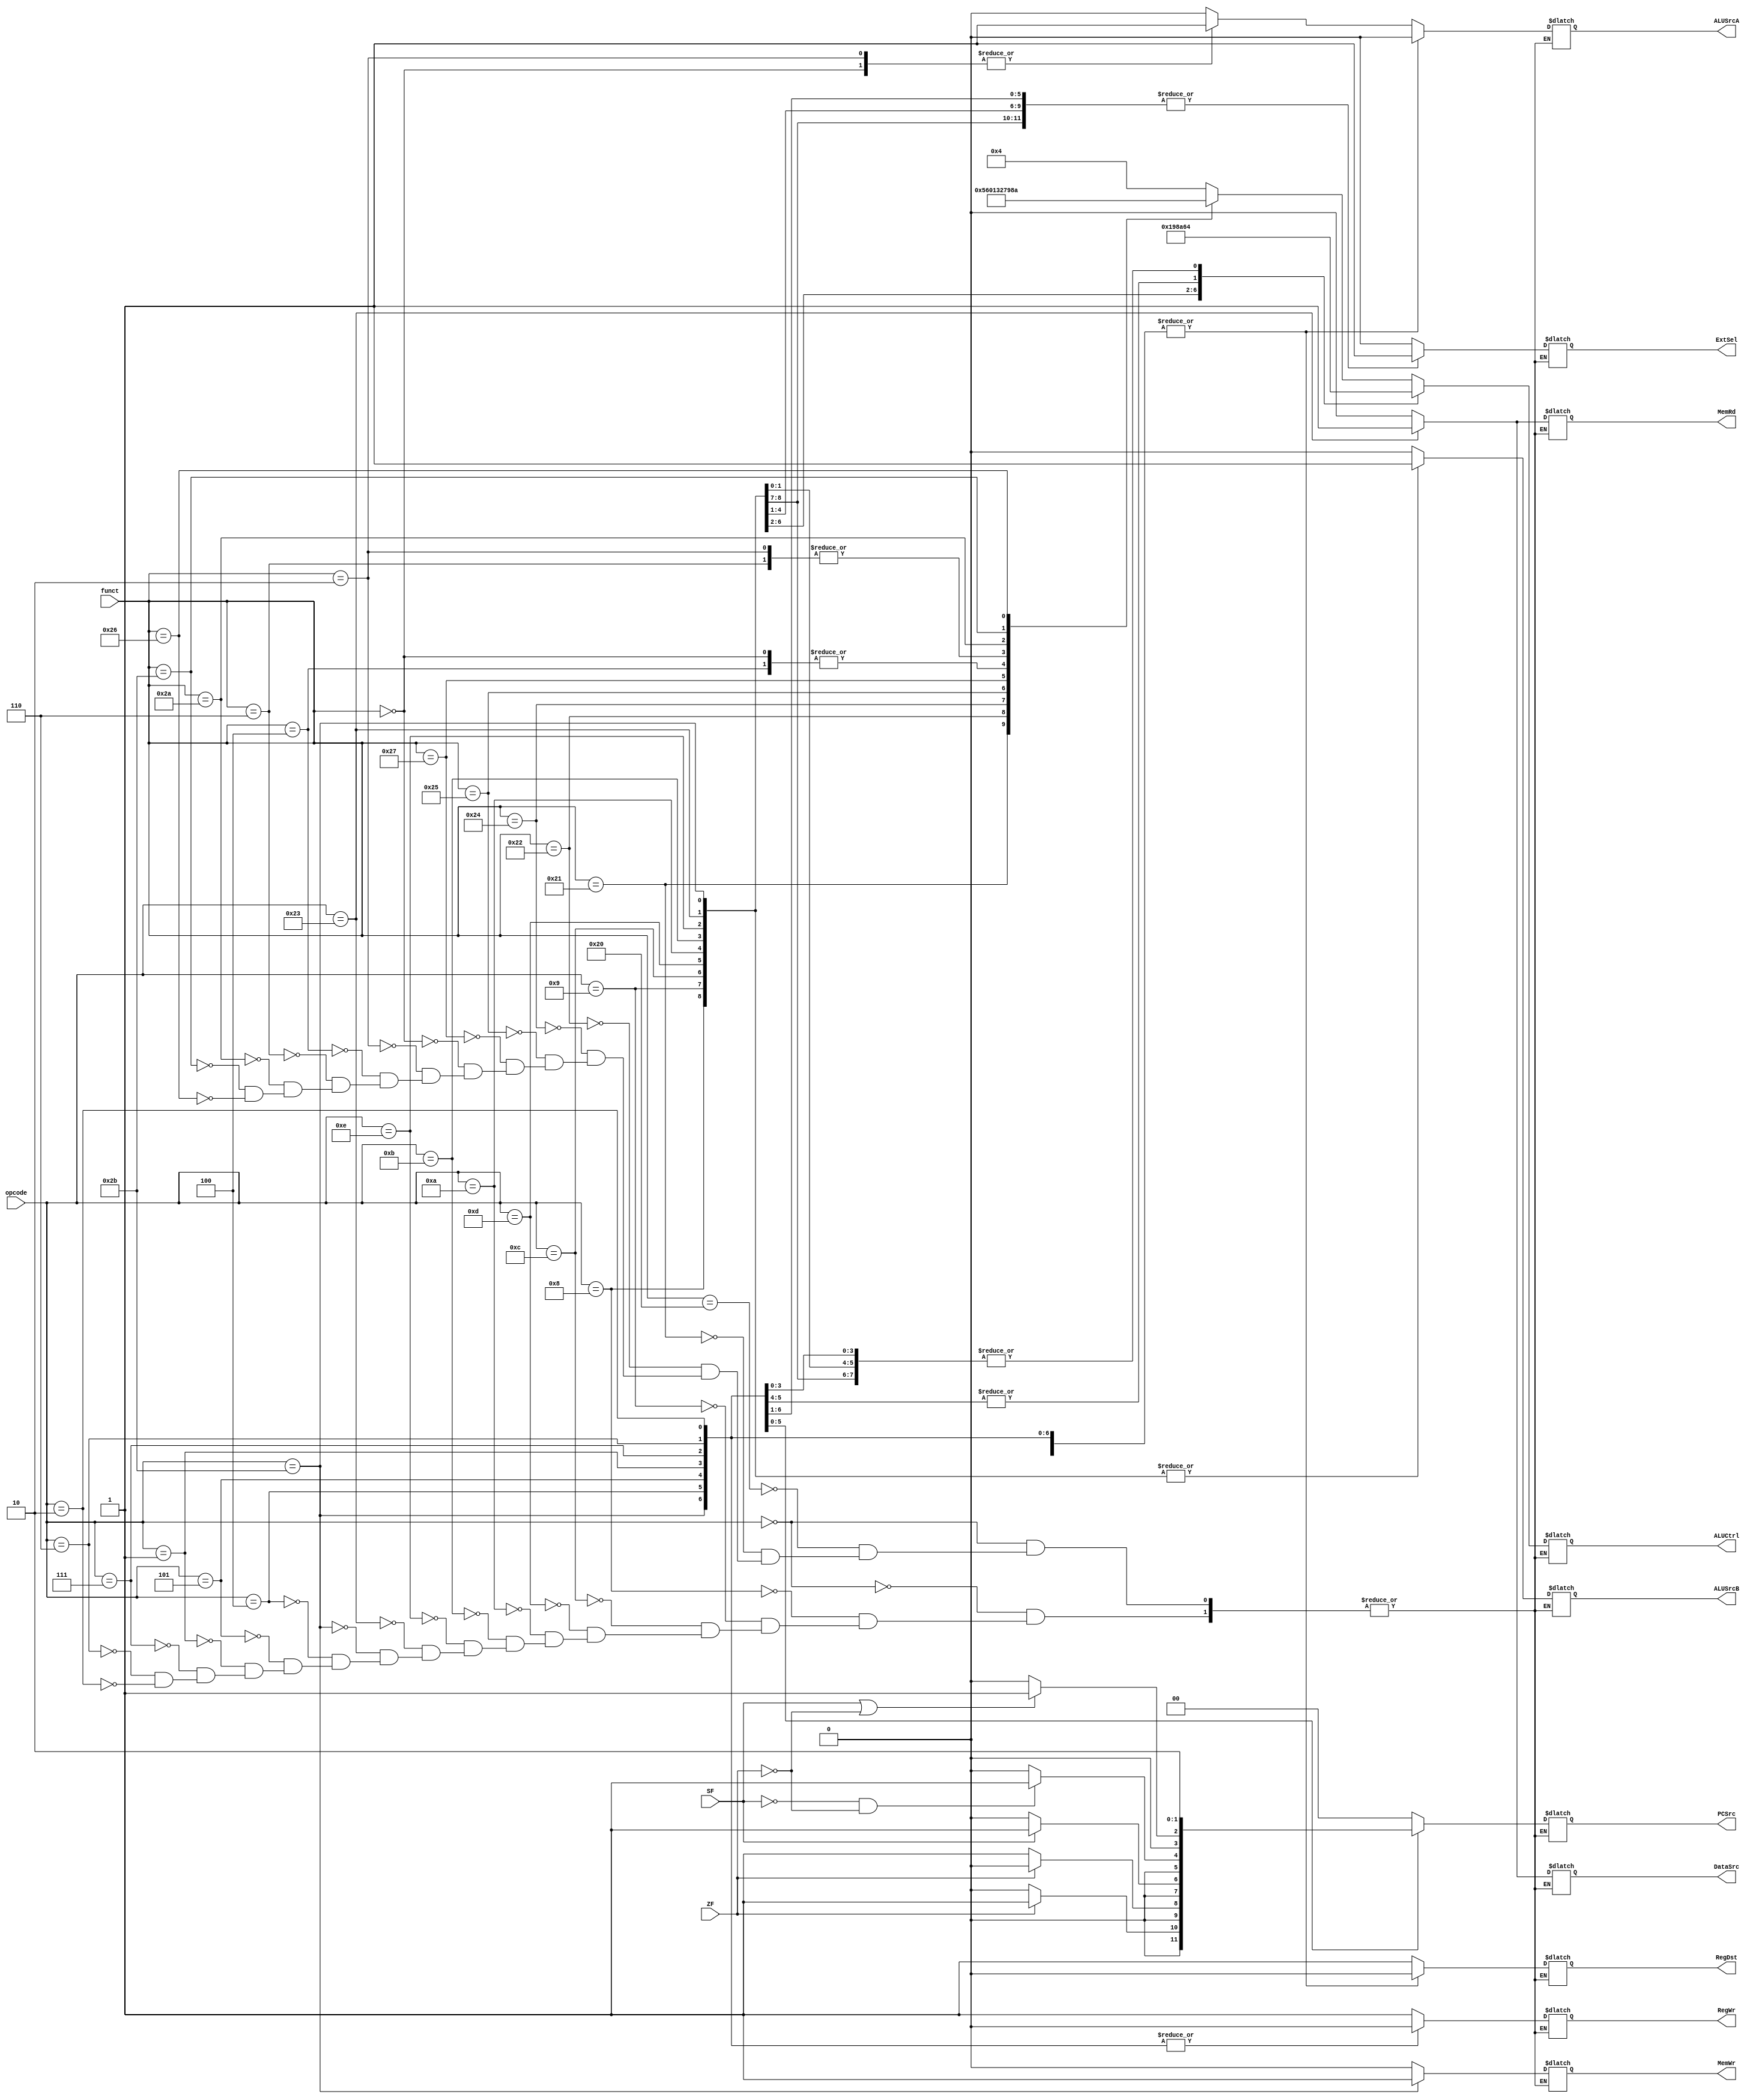
module CU(
    input [5:0] opcode,
    input [5:0] funct,
    input ZF,
    input SF,
    output reg ALUSrcA,
    output reg ALUSrcB,
    output reg DataSrc,
    output reg RegWr,
    output reg MemRd,
    output reg MemWr,
    output reg RegDst,
    output reg ExtSel,
    output reg [1:0] PCSrc,
    output reg [3:0] ALUCtrl
);
/*
ALUSrcA:ALUa0Rs(Inst[25:21])1{27'd0,immediate[10:6]}
ALUSrcB:ALUb0Rt(Inst[20:16])1(Inst[15:0])
DataSrc:,0ALU1
RegWr:01
MemRd:01
MemWr:01
RegDst:0Rt(Inst[20:16]),1Rd(Inst[15:11])
ExtSel:01
PCSrc:0001Jump10{currentInsAddr[31:28], 2'b00currentIns[25:0]}11
ALUCtrl:ALU:
    0100:add
    0110:sub
    0101:addu
    0000:and
    0001:or
    0011:nor
    0010:sll
    0111:srl
    1000:sltu
    1001:slt
    1010:xor
*/
always @(*) begin
    case(opcode)
        6'b000000:begin //R-R
            case(funct)
                6'b100000:begin //add
                    {ALUSrcA, ALUSrcB, DataSrc, RegWr, MemRd, MemWr, RegDst, ExtSel} <= 8'b00010010;
                    {PCSrc,ALUCtrl} <= 6'b000100;
                end
                6'b100001:begin //addu
                    {ALUSrcA, ALUSrcB, DataSrc, RegWr, MemRd, MemWr, RegDst, ExtSel} <= 8'b00010010;
                    {PCSrc,ALUCtrl} <= 6'b000101;
                end
                6'b100010:begin //sub
                    {ALUSrcA, ALUSrcB, DataSrc, RegWr, MemRd, MemWr, RegDst, ExtSel} <= 8'b00010010;
                    {PCSrc,ALUCtrl} <= 6'b000110;
                end
                6'b100100:begin //and
                    {ALUSrcA, ALUSrcB, DataSrc, RegWr, MemRd, MemWr, RegDst, ExtSel} <= 8'b00010010;
                    {PCSrc,ALUCtrl} <= 6'b000000;
                end
                6'b100101:begin //or
                    {ALUSrcA, ALUSrcB, DataSrc, RegWr, MemRd, MemWr, RegDst, ExtSel} <= 8'b00010010;
                    {PCSrc,ALUCtrl} <= 6'b000001;
                end
                6'b100111:begin //nor
                    {ALUSrcA, ALUSrcB, DataSrc, RegWr, MemRd, MemWr, RegDst, ExtSel} <= 8'b00010010;
                    {PCSrc,ALUCtrl} <= 6'b000011;
                end
                6'b000000:begin //sll
                    {ALUSrcA, ALUSrcB, DataSrc, RegWr, MemRd, MemWr, RegDst, ExtSel} <= 8'b10010010;
                    {PCSrc,ALUCtrl} <= 6'b000010;
                end
                6'b000010:begin //srl
                    {ALUSrcA, ALUSrcB, DataSrc, RegWr, MemRd, MemWr, RegDst, ExtSel} <= 8'b10010010;
                    {PCSrc,ALUCtrl} <= 6'b000111;
                end
                6'b000100:begin //sllv
                    {ALUSrcA, ALUSrcB, DataSrc, RegWr, MemRd, MemWr, RegDst, ExtSel} <= 8'b00010010;
                    {PCSrc,ALUCtrl} <= 6'b000010;
                end
                6'b000110:begin //srlv
                    {ALUSrcA, ALUSrcB, DataSrc, RegWr, MemRd, MemWr, RegDst, ExtSel} <= 8'b00010010;
                    {PCSrc,ALUCtrl} <= 6'b000111;
                end
                6'b101010:begin //slt
                    {ALUSrcA, ALUSrcB, DataSrc, RegWr, MemRd, MemWr, RegDst, ExtSel} <= 8'b00010010;
                    {PCSrc,ALUCtrl} <= 6'b001001;
                end
                6'b101011:begin //sltu
                    {ALUSrcA, ALUSrcB, DataSrc, RegWr, MemRd, MemWr, RegDst, ExtSel} <= 8'b00010010;
                    {PCSrc,ALUCtrl} <= 6'b001000;
                end
                6'b100110:begin //xor
                    {ALUSrcA, ALUSrcB, DataSrc, RegWr, MemRd, MemWr, RegDst, ExtSel} <= 8'b00010010;
                    {PCSrc,ALUCtrl} <= 6'b001010;
                end
                default:$display("CU:Unknown Funct.");
            endcase
        end
        6'b001000:begin //addi
            {ALUSrcA, ALUSrcB, DataSrc, RegWr, MemRd, MemWr, RegDst, ExtSel} <= 8'b01010001;
            {PCSrc,ALUCtrl} <= 6'b000100;
        end
        6'b001001:begin //addiu
            {ALUSrcA, ALUSrcB, DataSrc, RegWr, MemRd, MemWr, RegDst, ExtSel} <= 8'b01010001;
            {PCSrc,ALUCtrl} <= 6'b000100;
        end
        6'b001100:begin //andi
            {ALUSrcA, ALUSrcB, DataSrc, RegWr, MemRd, MemWr, RegDst, ExtSel} <= 8'b01010000;
            {PCSrc,ALUCtrl} <= 6'b000000;
        end
        6'b001101:begin //ori
            {ALUSrcA, ALUSrcB, DataSrc, RegWr, MemRd, MemWr, RegDst, ExtSel} <= 8'b01010000;
            {PCSrc,ALUCtrl} <= 6'b000001;
        end
        6'b001010:begin //slti
            {ALUSrcA, ALUSrcB, DataSrc, RegWr, MemRd, MemWr, RegDst, ExtSel} <= 8'b01010001;
            {PCSrc,ALUCtrl} <= 6'b001001;
        end
        6'b001011:begin //sltiu
            {ALUSrcA, ALUSrcB, DataSrc, RegWr, MemRd, MemWr, RegDst, ExtSel} <= 8'b01010001;
            {PCSrc,ALUCtrl} <= 6'b001000;
        end
        6'b001110:begin //xori
            {ALUSrcA, ALUSrcB, DataSrc, RegWr, MemRd, MemWr, RegDst, ExtSel} <= 8'b01010001;
            {PCSrc,ALUCtrl} <= 6'b001010;
        end
        6'b100011:begin //lw
            {ALUSrcA, ALUSrcB, DataSrc, RegWr, MemRd, MemWr, RegDst, ExtSel} <= 8'b01111001;
            {PCSrc,ALUCtrl} <= 6'b000100;
        end
        6'b101011:begin //sw
            {ALUSrcA, ALUSrcB, DataSrc, RegWr, MemRd, MemWr, RegDst, ExtSel} <= 8'b01000101;
            {PCSrc,ALUCtrl} <= 6'b000100;
        end
        6'b000100:begin //beq
            {ALUSrcA, ALUSrcB, DataSrc, RegWr, MemRd, MemWr, RegDst, ExtSel} <= 8'b00000001;
            PCSrc<=(ZF==1) ? 2'b01:2'b00;
            ALUCtrl<=4'b0110;
        end
        6'b000101:begin //bne
            {ALUSrcA, ALUSrcB, DataSrc, RegWr, MemRd, MemWr, RegDst, ExtSel} <= 8'b00000001;
            PCSrc<=(ZF==0) ? 2'b01:2'b00;
            ALUCtrl<=4'b0110;
        end
        6'b000001:begin //bltz
            {ALUSrcA, ALUSrcB, DataSrc, RegWr, MemRd, MemWr, RegDst, ExtSel} <= 8'b00000001;
            PCSrc<=(SF==1) ? 2'b01:2'b00;
            ALUCtrl<=4'b0100;
        end
        6'b000111:begin //bgtz
            {ALUSrcA, ALUSrcB, DataSrc, RegWr, MemRd, MemWr, RegDst, ExtSel} <= 8'b00000001;
            PCSrc<=(SF==0 && ZF==0) ? 2'b01:2'b00;
            ALUCtrl<=4'b0100;
        end
        6'b000110:begin //blez
            {ALUSrcA, ALUSrcB, DataSrc, RegWr, MemRd, MemWr, RegDst, ExtSel} <= 8'b00000001;
            PCSrc<=(SF==1 || ZF==0) ? 2'b01:2'b00;
            ALUCtrl<=4'b0100;
        end
        6'b000010:begin //j
            {ALUSrcA, ALUSrcB, DataSrc, RegWr, MemRd, MemWr, RegDst, ExtSel} <= 8'b00000000;
            {PCSrc,ALUCtrl} <= 6'b100100;
        end
        default:$display("CU:Unknown Opcode.");
    endcase
end

endmodule